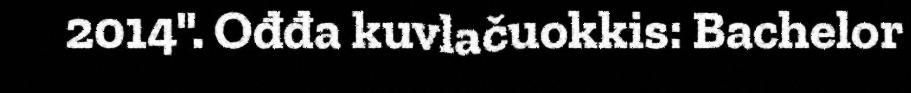
2014". Ođđa kuvlačuokkis: Bachelor